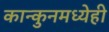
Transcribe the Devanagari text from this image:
कान्कुनमध्येही